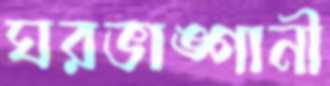
ঘরভাঙ্গানী